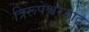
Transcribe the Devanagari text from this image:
त्रिरूपेश्वरवाद